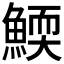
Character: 𩹓